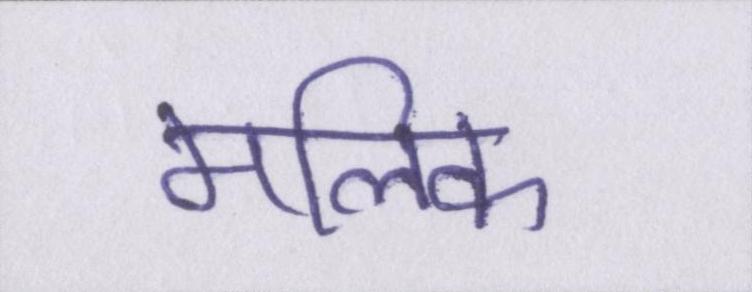
मलिक